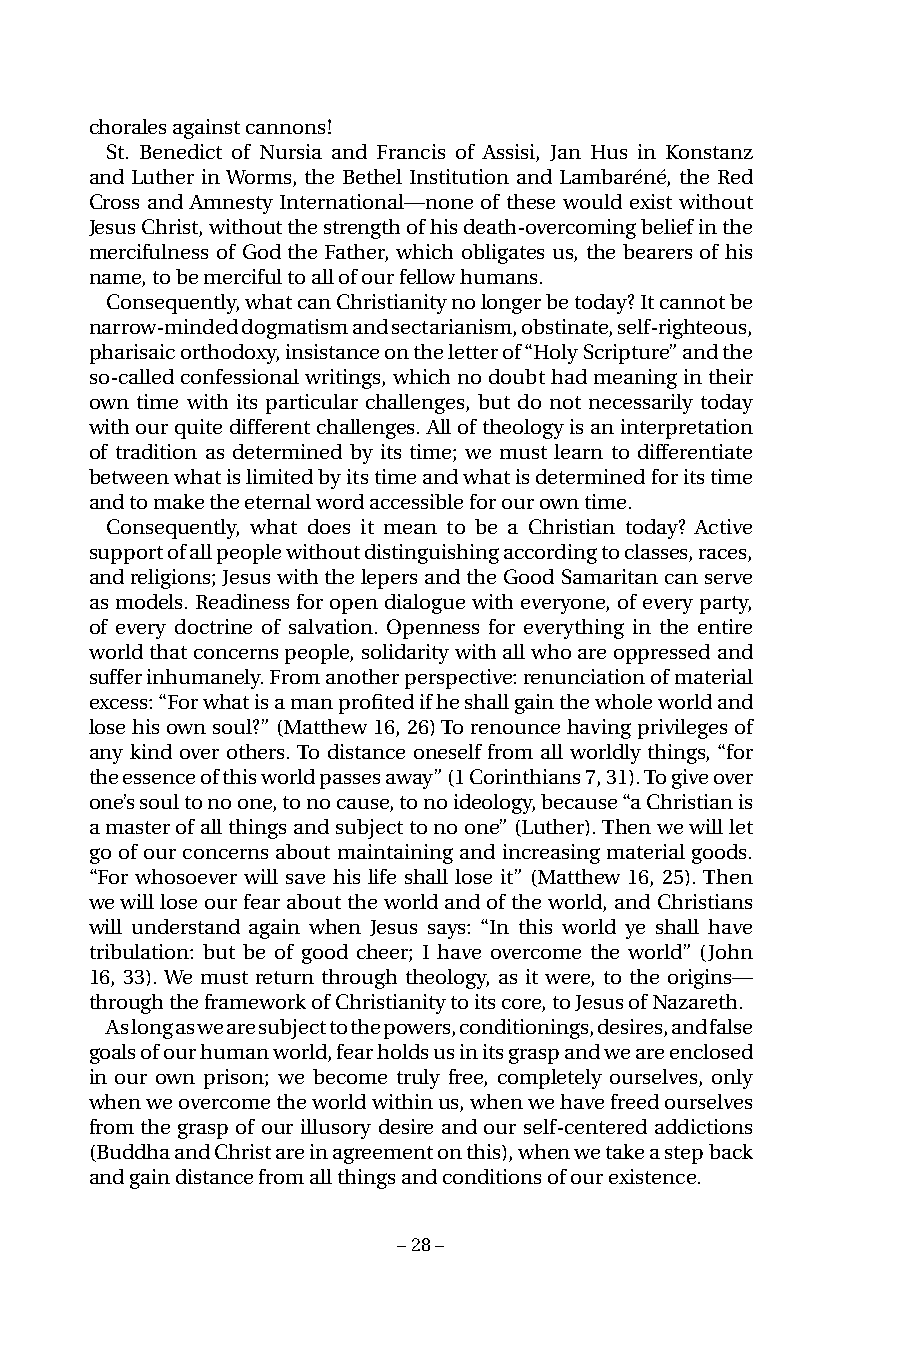
chorales against cannons!
 St. Benedict of Nursia and Francis of Assisi, Jan Hus in Konstanz
 and Luther in Worms, the Bethel Institution and Lambaréné, the Red
 Cross and Amnesty International—none of these would exist without
 Jesus Christ, without the strength of his death-overcoming belief in the
 mercifulness of God the Father, which obligates us, the bearers of his
 name, to be merciful to all of our fellow humans.
 Consequently, what can Christianity no longer be today? It cannot be
 narrow-minded dogmatism and sectarianism, obstinate, self-righteous,
 pharisaic orthodoxy, insistance on the letter of “Holy Scripture” and the
 so-called confessional writings, which no doubt had meaning in their
 own time with its particular challenges, but do not necessarily today
 with our quite different challenges. All of theology is an interpretation
 of tradition as determined by its time; we must learn to differentiate
 between what is limited by its time and what is determined for its time
 and to make the eternal word accessible for our own time.
 Consequently, what does it mean to be a Christian today? Active
 support of all people without distinguishing according to classes, races,
 and religions; Jesus with the lepers and the Good Samaritan can serve
 as models. Readiness for open dialogue with everyone, of every party,
 of every doctrine of salvation. Openness for everything in the entire
 world that concerns people, solidarity with all who are oppressed and
 suffer inhumanely. From another perspective: renunciation of material
 excess: “For what is a man profited if he shall gain the whole world and
 lose his own soul?” (Matthew 16, 26) To renounce having privileges of
 any kind over others. To distance oneself from all worldly things, “for
 the essence of this world passes away” (1 Corinthians 7, 31). To give over
 one’s soul to no one, to no cause, to no ideology, because “a Christian is
 a master of all things and subject to no one” (Luther). Then we will let
 go of our concerns about maintaining and increasing material goods.
 “For whosoever will save his life shall lose it” (Matthew 16, 25). Then
 we will lose our fear about the world and of the world, and Christians
 will understand again when Jesus says: “In this world ye shall have
 tribulation: but be of good cheer; I have overcome the world” (John
 16, 33). We must return through theology, as it were, to the origins—
 through the framework of Christianity to its core, to Jesus of Nazareth.
 As long as we are subject to the powers, conditionings, desires, and false
 goals of our human world, fear holds us in its grasp and we are enclosed
 in our own prison; we become truly free, completely ourselves, only
 when we overcome the world within us, when we have freed ourselves
 from the grasp of our illusory desire and our self-centered addictions
 (Buddha and Christ are in agreement on this), when we take a step back
 and gain distance from all things and conditions of our existence.
 – 28 –